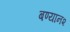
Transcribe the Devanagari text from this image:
बण्यान२